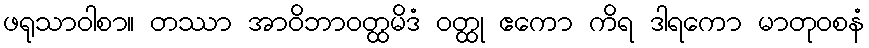
ဖရုသာဝါစာ။ တဿာ အာဝိဘာဝတ္ထမိဒံ ဝတ္ထု ဧကော ကိရ ဒါရကော မာတုဝစနံ